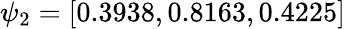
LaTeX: \psi_{2}=\left[0.3938,0.8163,0.4225\right]